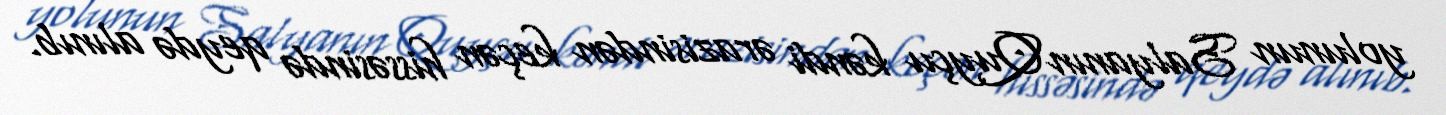
yolunun Salyanın Quyçu kəndi ərazisindən keçən hissəsində qeydə alınıb.